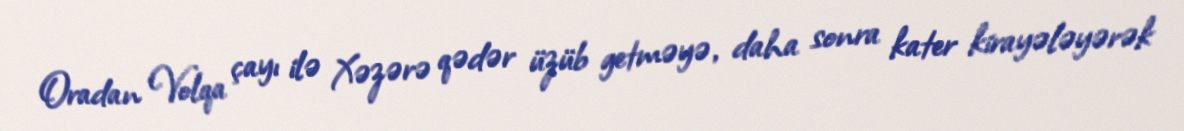
Oradan Volqa çayı ilə Xəzərə qədər üzüb getməyə, daha sonra kater kirayələyərək